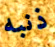
ذنبه